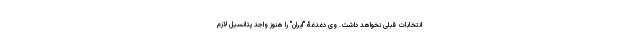
انتخابات قبلی نخواهد داشت. وی دغدغۀ "ایران" را هنوز واجد پتانسیل لازم